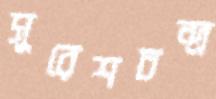
সুরেশচন্দ্র